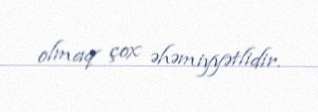
olmaq çox əhəmiyyətlidir.